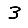
Digit: 3